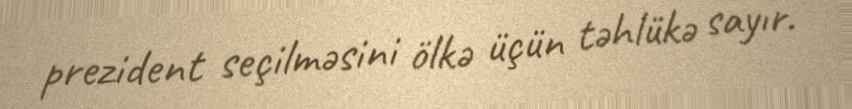
prezident seçilməsini ölkə üçün təhlükə sayır.